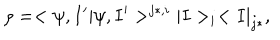
LaTeX: \rho = < \psi , I ^ { \prime } | \psi , I ^ { \prime } > ^ { j * , i } | I > _ { i } < I | _ { j * } ,